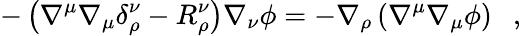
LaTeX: -\left(\nabla^{\mu}\nabla_{\mu}\delta_{\rho}^{\nu}-R_{\rho}^{\nu}\right)\nabla_{\nu}\phi=-\nabla_{\rho}\left(\nabla^{\mu}\nabla_{\mu}\phi\right)~~~,